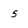
Character: 5